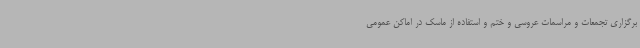
برگزاری تجمعات و مراسمات عروسی و ختم و استفاده از ماسک در اماکن عمومی